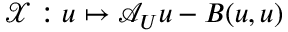
\mathcal { X } : u \mapsto \mathcal { A } _ { U } u - B ( u , u )